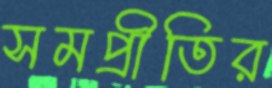
সমপ্রীতির